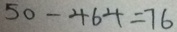
5 0 - 4 6 4 = 7 6